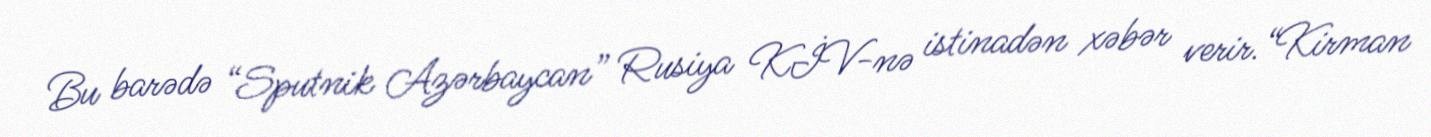
Bu barədə “Sputnik Azərbaycan” Rusiya KİV-nə istinadən xəbər verir.“Kirman